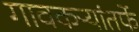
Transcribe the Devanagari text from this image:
गावकऱ्यांतर्फे